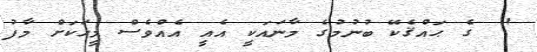
'  ގެ ޙައްޤެކޭ ބުނުމުގެ މާނައަކީ އެއީ އެއްވެސް މީހަކަށް މާފު